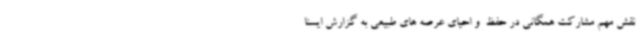
نقش مهم مشارکت همگانی در حفظ  و احیای عرصه های طبیعی به گزارش ایسنا